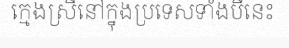
ក្មេងស្រីនៅក្នុងប្រទេសទាំងបីនេះ